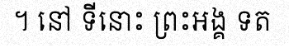
។ នៅ ទីនោះ ព្រះអង្គ ទត